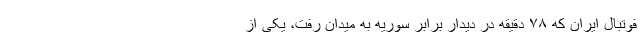
فوتبال ایران که ۷۸ دقیقه در دیدار برابر سوریه به میدان رفت، یکی از